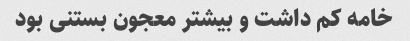
خامه کم داشت و بیشتر معجون بستنی بود